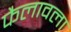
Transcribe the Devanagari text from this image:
फैलावला